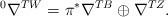
LaTeX: \begin{align*}\,^0\nabla^{TW}=\pi^*\nabla^{TB}\oplus\nabla^{TZ}.\end{align*}